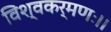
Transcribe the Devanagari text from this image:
विश्वकर्मणः।।